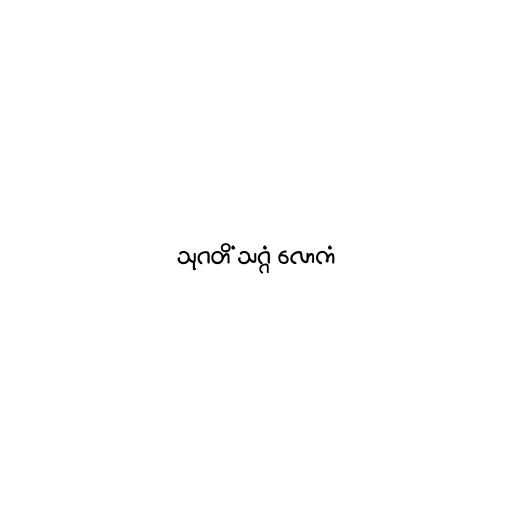
သုဂတိံ သဂ္ဂံ လောကံ